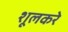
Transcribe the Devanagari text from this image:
शूलकरे